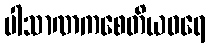
ပါသာဏကစေတိယဝရေ